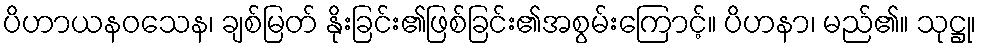
ပိဟာယနဝသေန၊ ချစ်မြတ် နိုးခြင်း၏ဖြစ်ခြင်း၏အစွမ်းကြောင့်။ ပိဟနာ၊ မည်၏။ သုဋ္ဌု၊